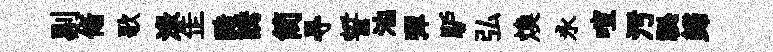
剔翛歌渌𦈢酷誘简㝵誓池彈馿弘焕永喧污祕歸